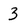
Character: 3